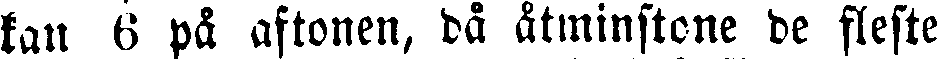
kan 6 på aftonen, då åtminstone de fleste